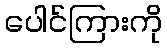
ပေါင်ကြားကို